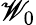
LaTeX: \mathscr{W}_{0}